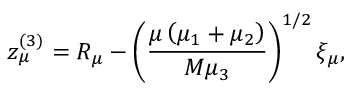
z _ { \mu } ^ { ( 3 ) } = R _ { \mu } - \left( \frac { \mu \left( \mu _ { 1 } + \mu _ { 2 } \right) } { M \mu _ { 3 } } \right) ^ { 1 / 2 } \xi _ { \mu } ,